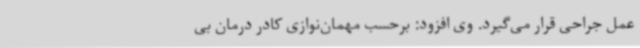
عمل جراحی قرار می‌گیرد. وی افزود: برحسب مهمان‌نوازی کادر درمان بی